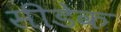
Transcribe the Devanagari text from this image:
सीडेक